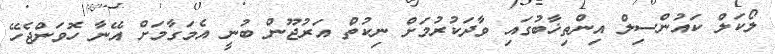
ލޯކަލް ކައުންސިލް އިންތިޚާބުގައި ވާދަކުރުމަށް ނިކުތް އަރުޖޫން ބުނީ އެމަގާމަށް އޭނާ ހޮވަންޖެހޭ